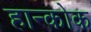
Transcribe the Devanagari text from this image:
हान्कोक